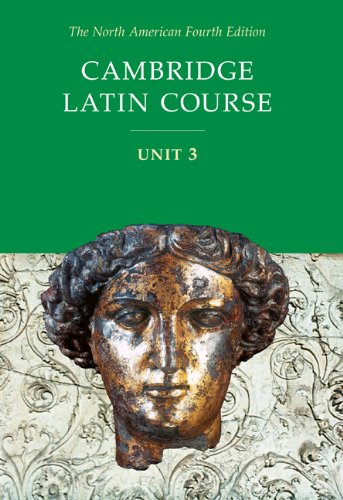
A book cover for Cambridge Latin Course, Unit 3, 4th Edition (North American Cambridge Latin Course) (English and Latin Edition); Teen & Young Adult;